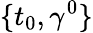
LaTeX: \{ t_{0},{\gamma}^{0}\}